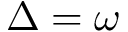
\Delta = \omega